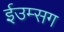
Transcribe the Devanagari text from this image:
ईउम्सग